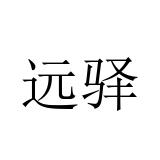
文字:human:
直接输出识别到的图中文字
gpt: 远驿